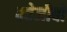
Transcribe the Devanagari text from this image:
क्वेजीबो